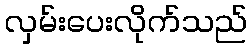
လှမ်းပေးလိုက်သည်